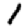
Digit: 1